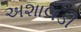
અશાલડી